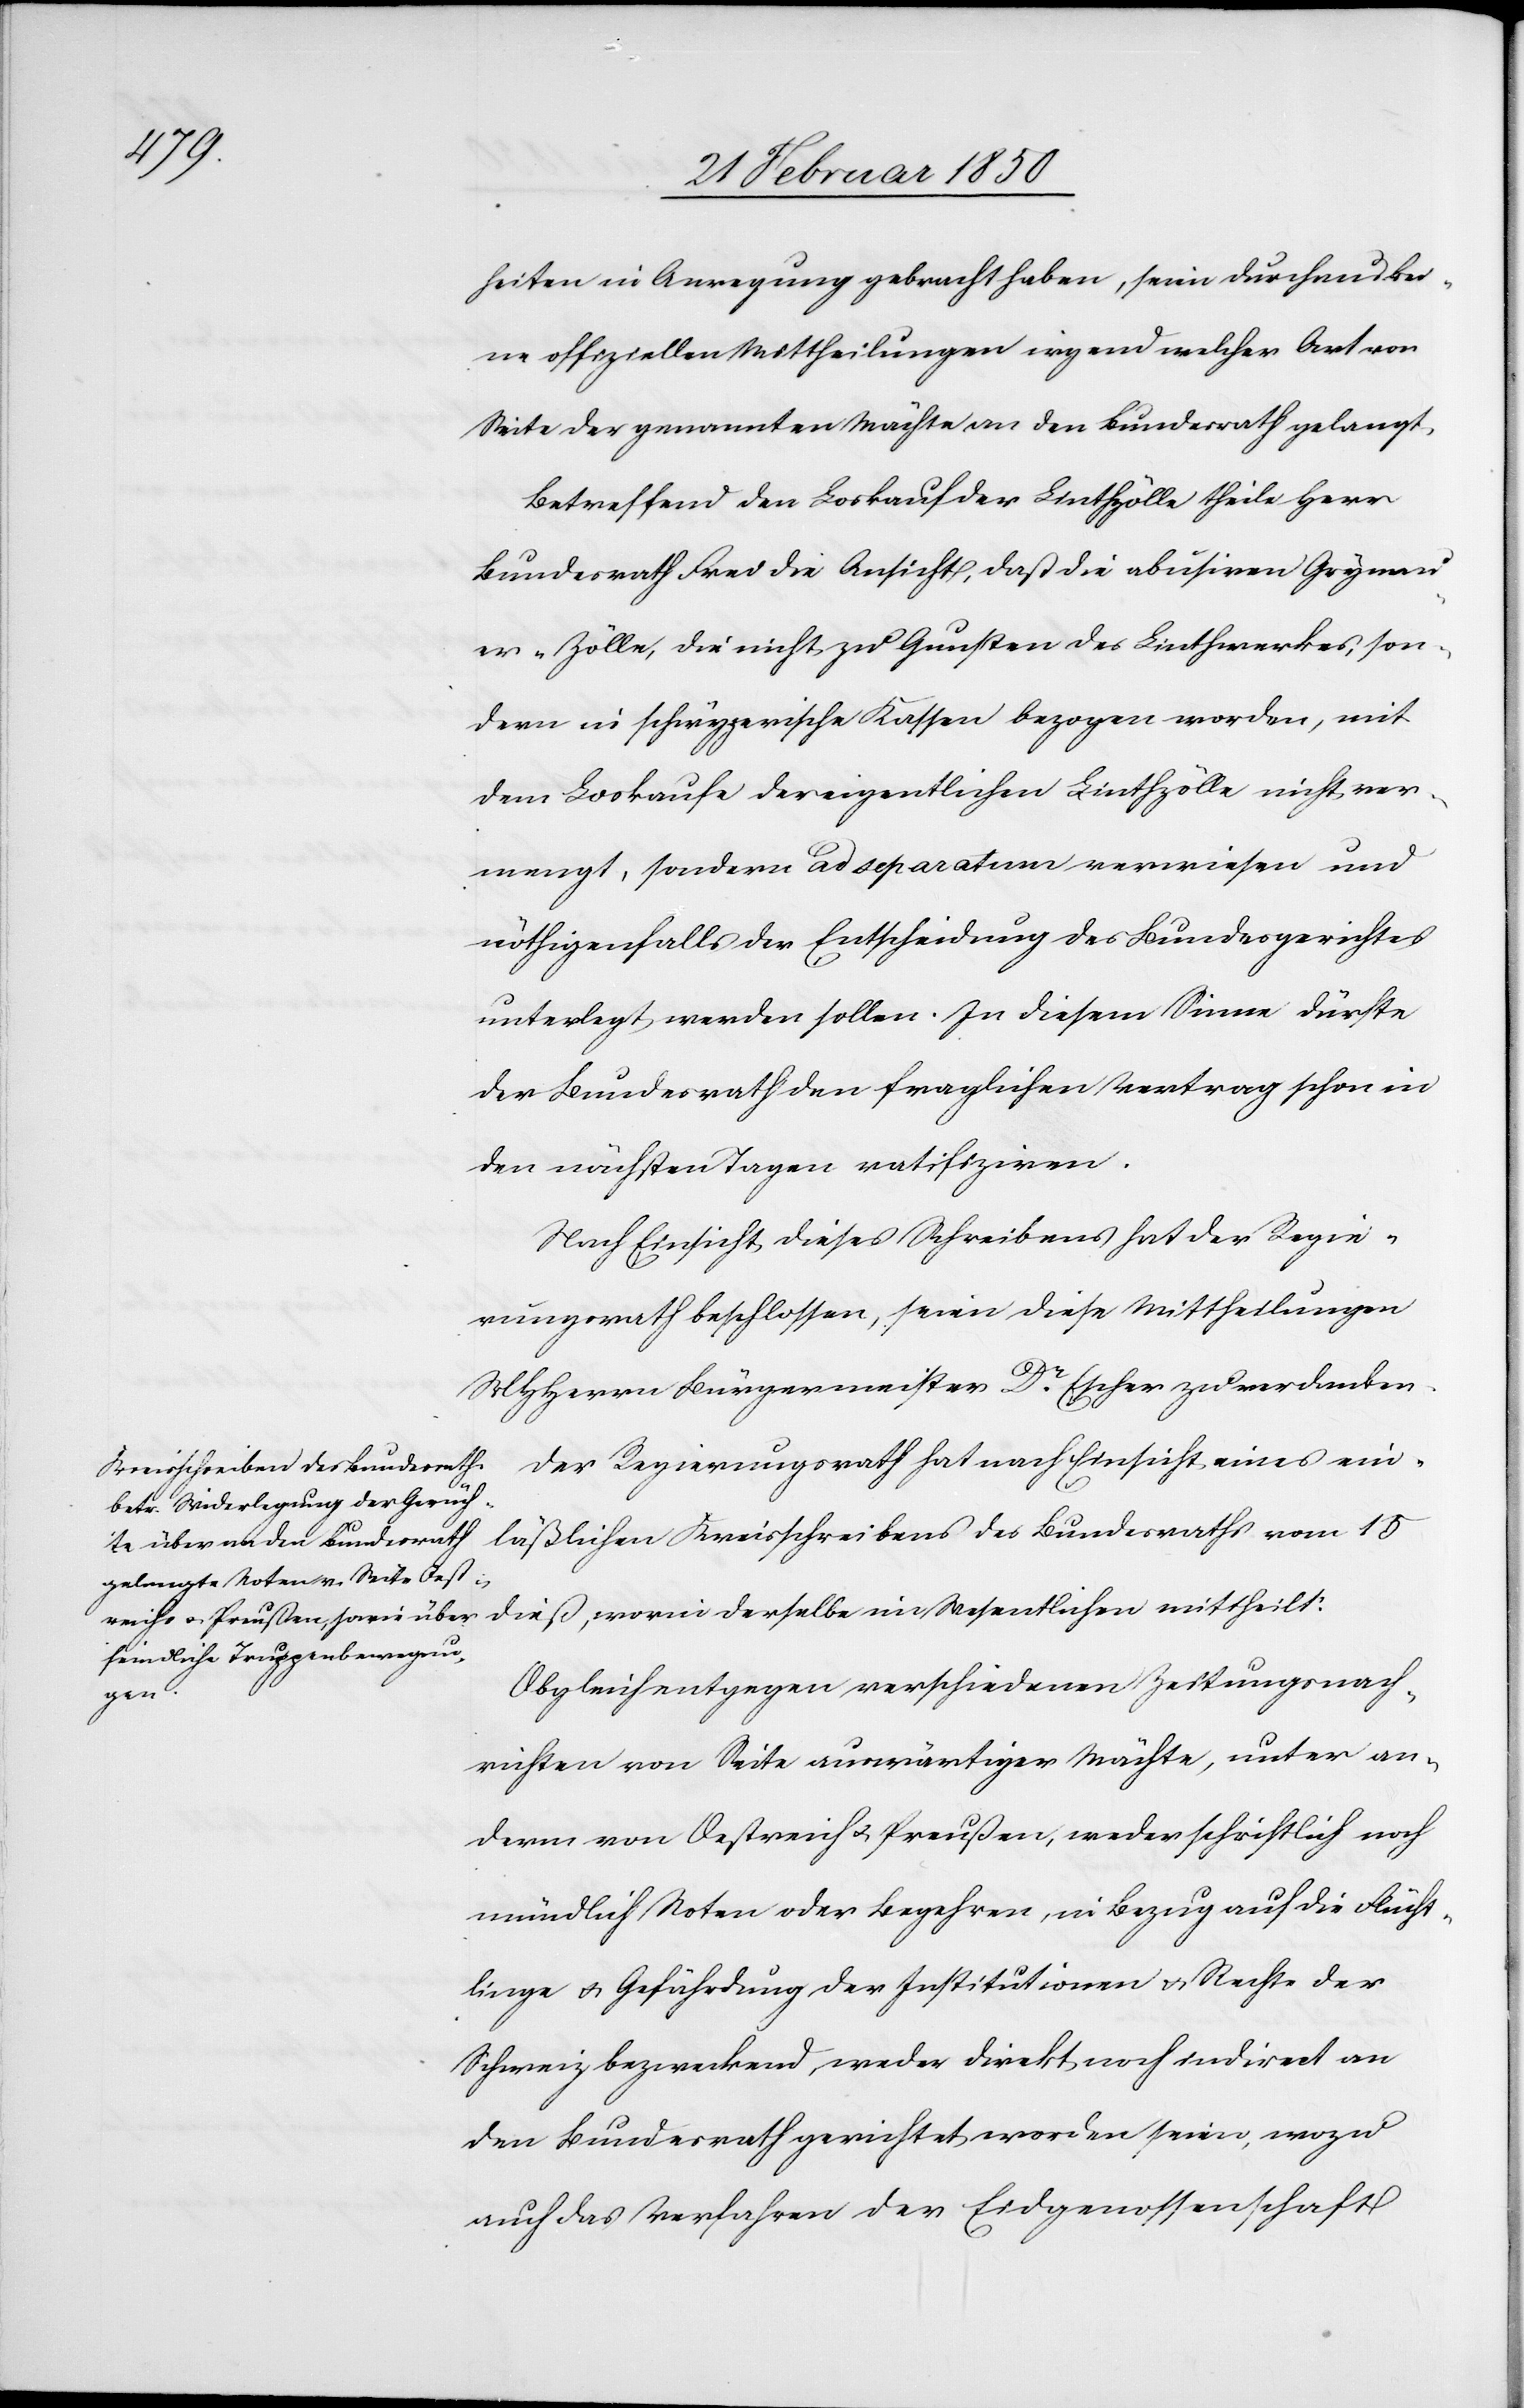
heiten in Anregung gebracht haben, seie durchaus kei¬
ne offiziellen Mittheilungen irgend welcher Art von
Seite der genannten Mächte an den Bundesrath gelangt.
Betreffend den Loskauf der Linthzölle theile Herr
Bundesrath Frei die Ansicht, daß die abusiven Grynau¬
er-Zölle, die nicht zu Gunsten des Linthwerkes, son¬
dern in schwyzerische Kassen bezogen worden, mit
dem Loskaufe der eigentlichen Linthzölle nicht ver¬
mengt, sondern ad separatum verwiesen und
nöthigenfalls der Entscheidung des Bundesgerichtes
unterlegt werden sollen. In diesem Sinne dürfte
der Bundesrath den fraglichen Vertrag schon in
den nächsten Tagen ratifiziren.
Nach Einsicht dieses Schreibens hat der Regie¬
rungsrath beschlossen, seien diese Mittheilungen
MHHerrn Bürgermeister Dr Escher zu verdanken.
Der Regierungsrath hat nach Einsicht eines ein¬
läßlichen Kreisschreibens des Bundesraths vom 15
dieß, worin derselbe im Wesentlichen mittheilt:
Obgleich entgegen verschiedenen Zeitungsnach¬
richten von Seite auswärtiger Mächte, unter an¬
derm von Oestreich u. Preußen, weder schriftlich noch
mündlich Noten oder Begehren, in Bezug auf die Flücht¬
linge u. Gefährdung der Institutionen u. Rechte der
Schweiz bezweckend, weder direkt noch indirect an
den Bundesrath gerichtet worden seien, wozu
auch das Verfahren der Eidgenossenschaft